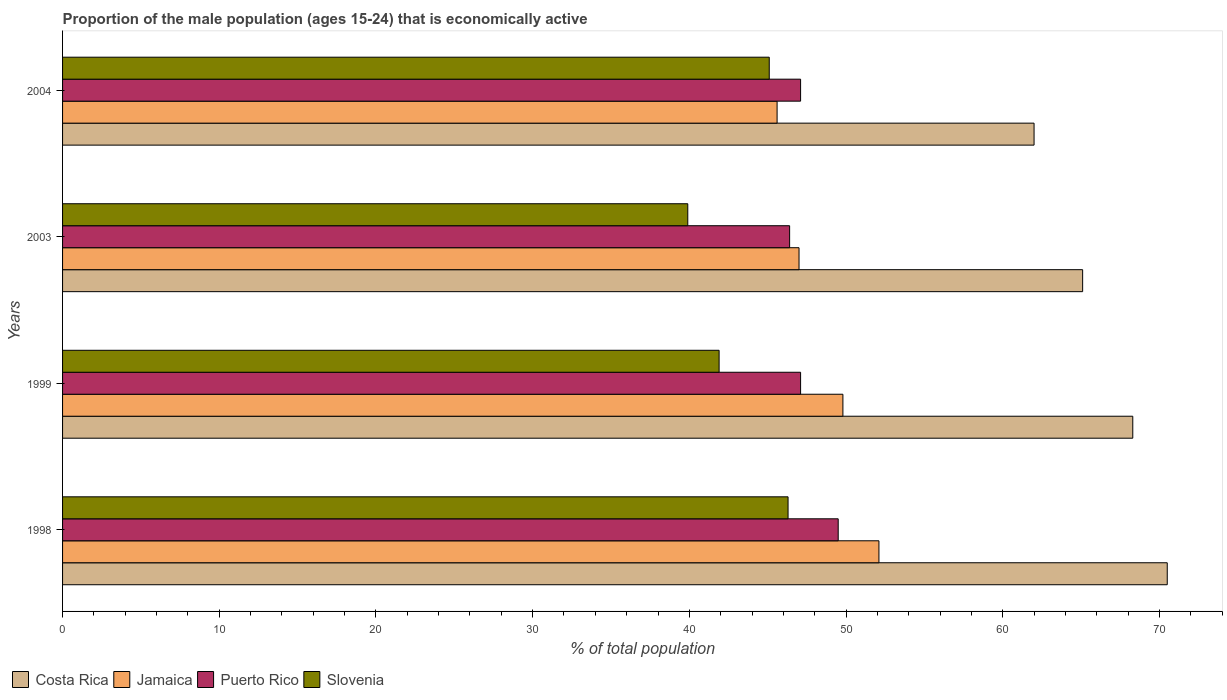
| Years | Costa Rica | Jamaica | Puerto Rico | Slovenia |
 | --- | --- | --- | --- | --- |
 | 1998 | 70.5 | 52.1 | 49.5 | 46.3 |
 | 1999 | 68.3 | 49.8 | 47.1 | 41.9 |
 | 2003 | 65.1 | 47 | 46.4 | 39.9 |
 | 2004 | 62 | 45.6 | 47.1 | 45.1 |